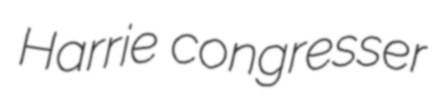
Harrie congresser